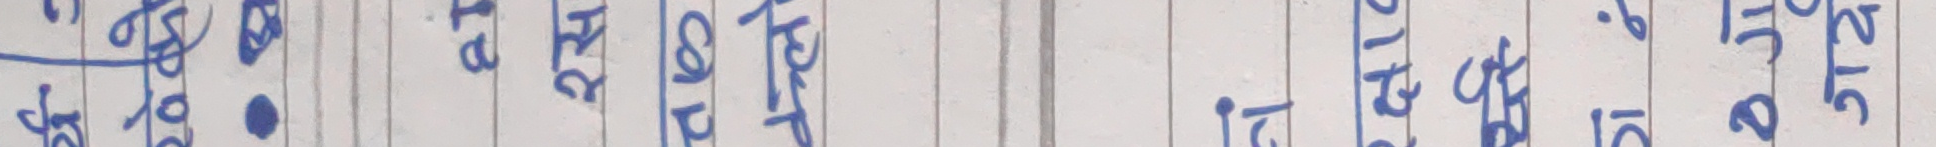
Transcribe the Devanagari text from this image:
६० ३९ २४ १२ १५ १० ३४ • २९ २८ १८ १२ १२ ४०